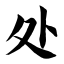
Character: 处